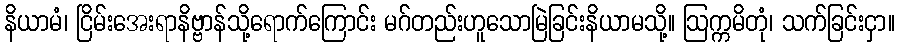
နိယာမံ၊ ငြိမ်းအေးရာနိဗ္ဗာန်သို့ရောက်ကြောင်း မဂ်တည်းဟူသောမြဲခြင်းနိယာမသို့။ ဩက္ကမိတုံ၊ သက်ခြင်းငှာ။